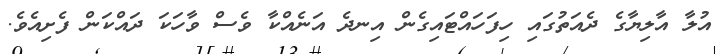
އުލާ އާލިޔާގެ ދެއަތުގައި ހިފަހައްޓައިގެން އިނދެ އަނެއްކާ ވެސް ވާހަކަ ދައްކަން ފެށިއެވެ.